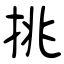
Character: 挑